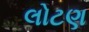
લોટણ